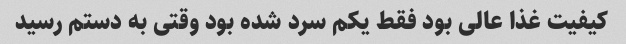
کیفیت غذا عالی بود فقط یکم سرد شده بود وقتی به دستم رسید